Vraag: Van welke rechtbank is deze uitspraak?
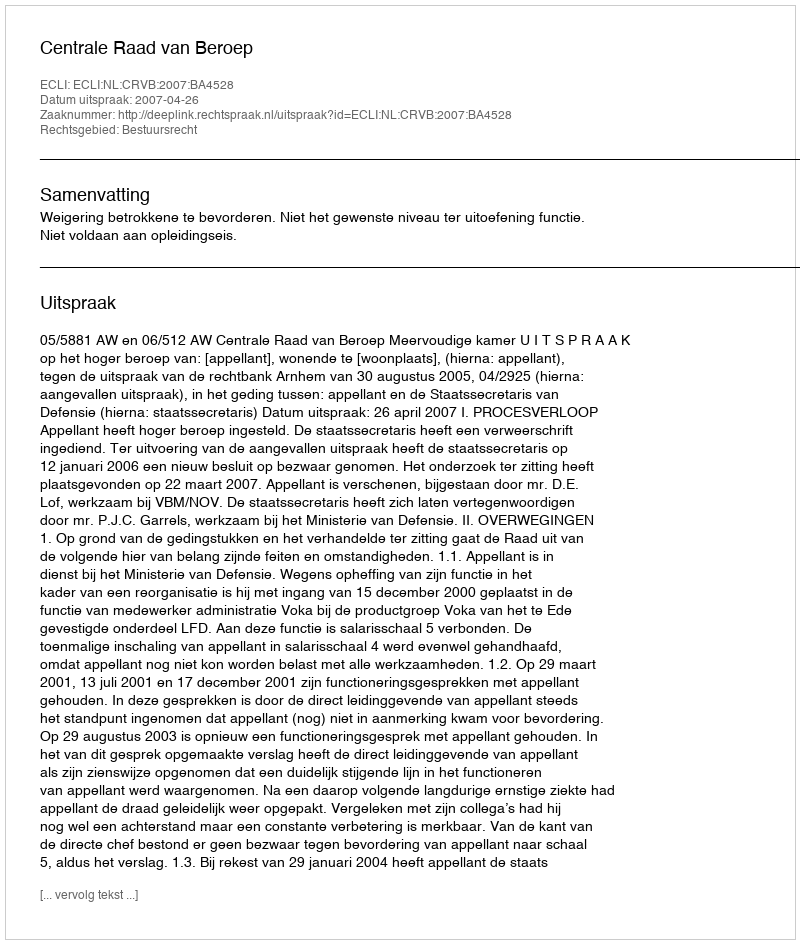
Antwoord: Centrale Raad van Beroep